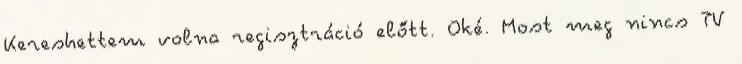
Kereshettem volna regisztráció előtt. Oké. Most meg nincs TV